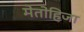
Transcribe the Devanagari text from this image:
मेतोहिजा